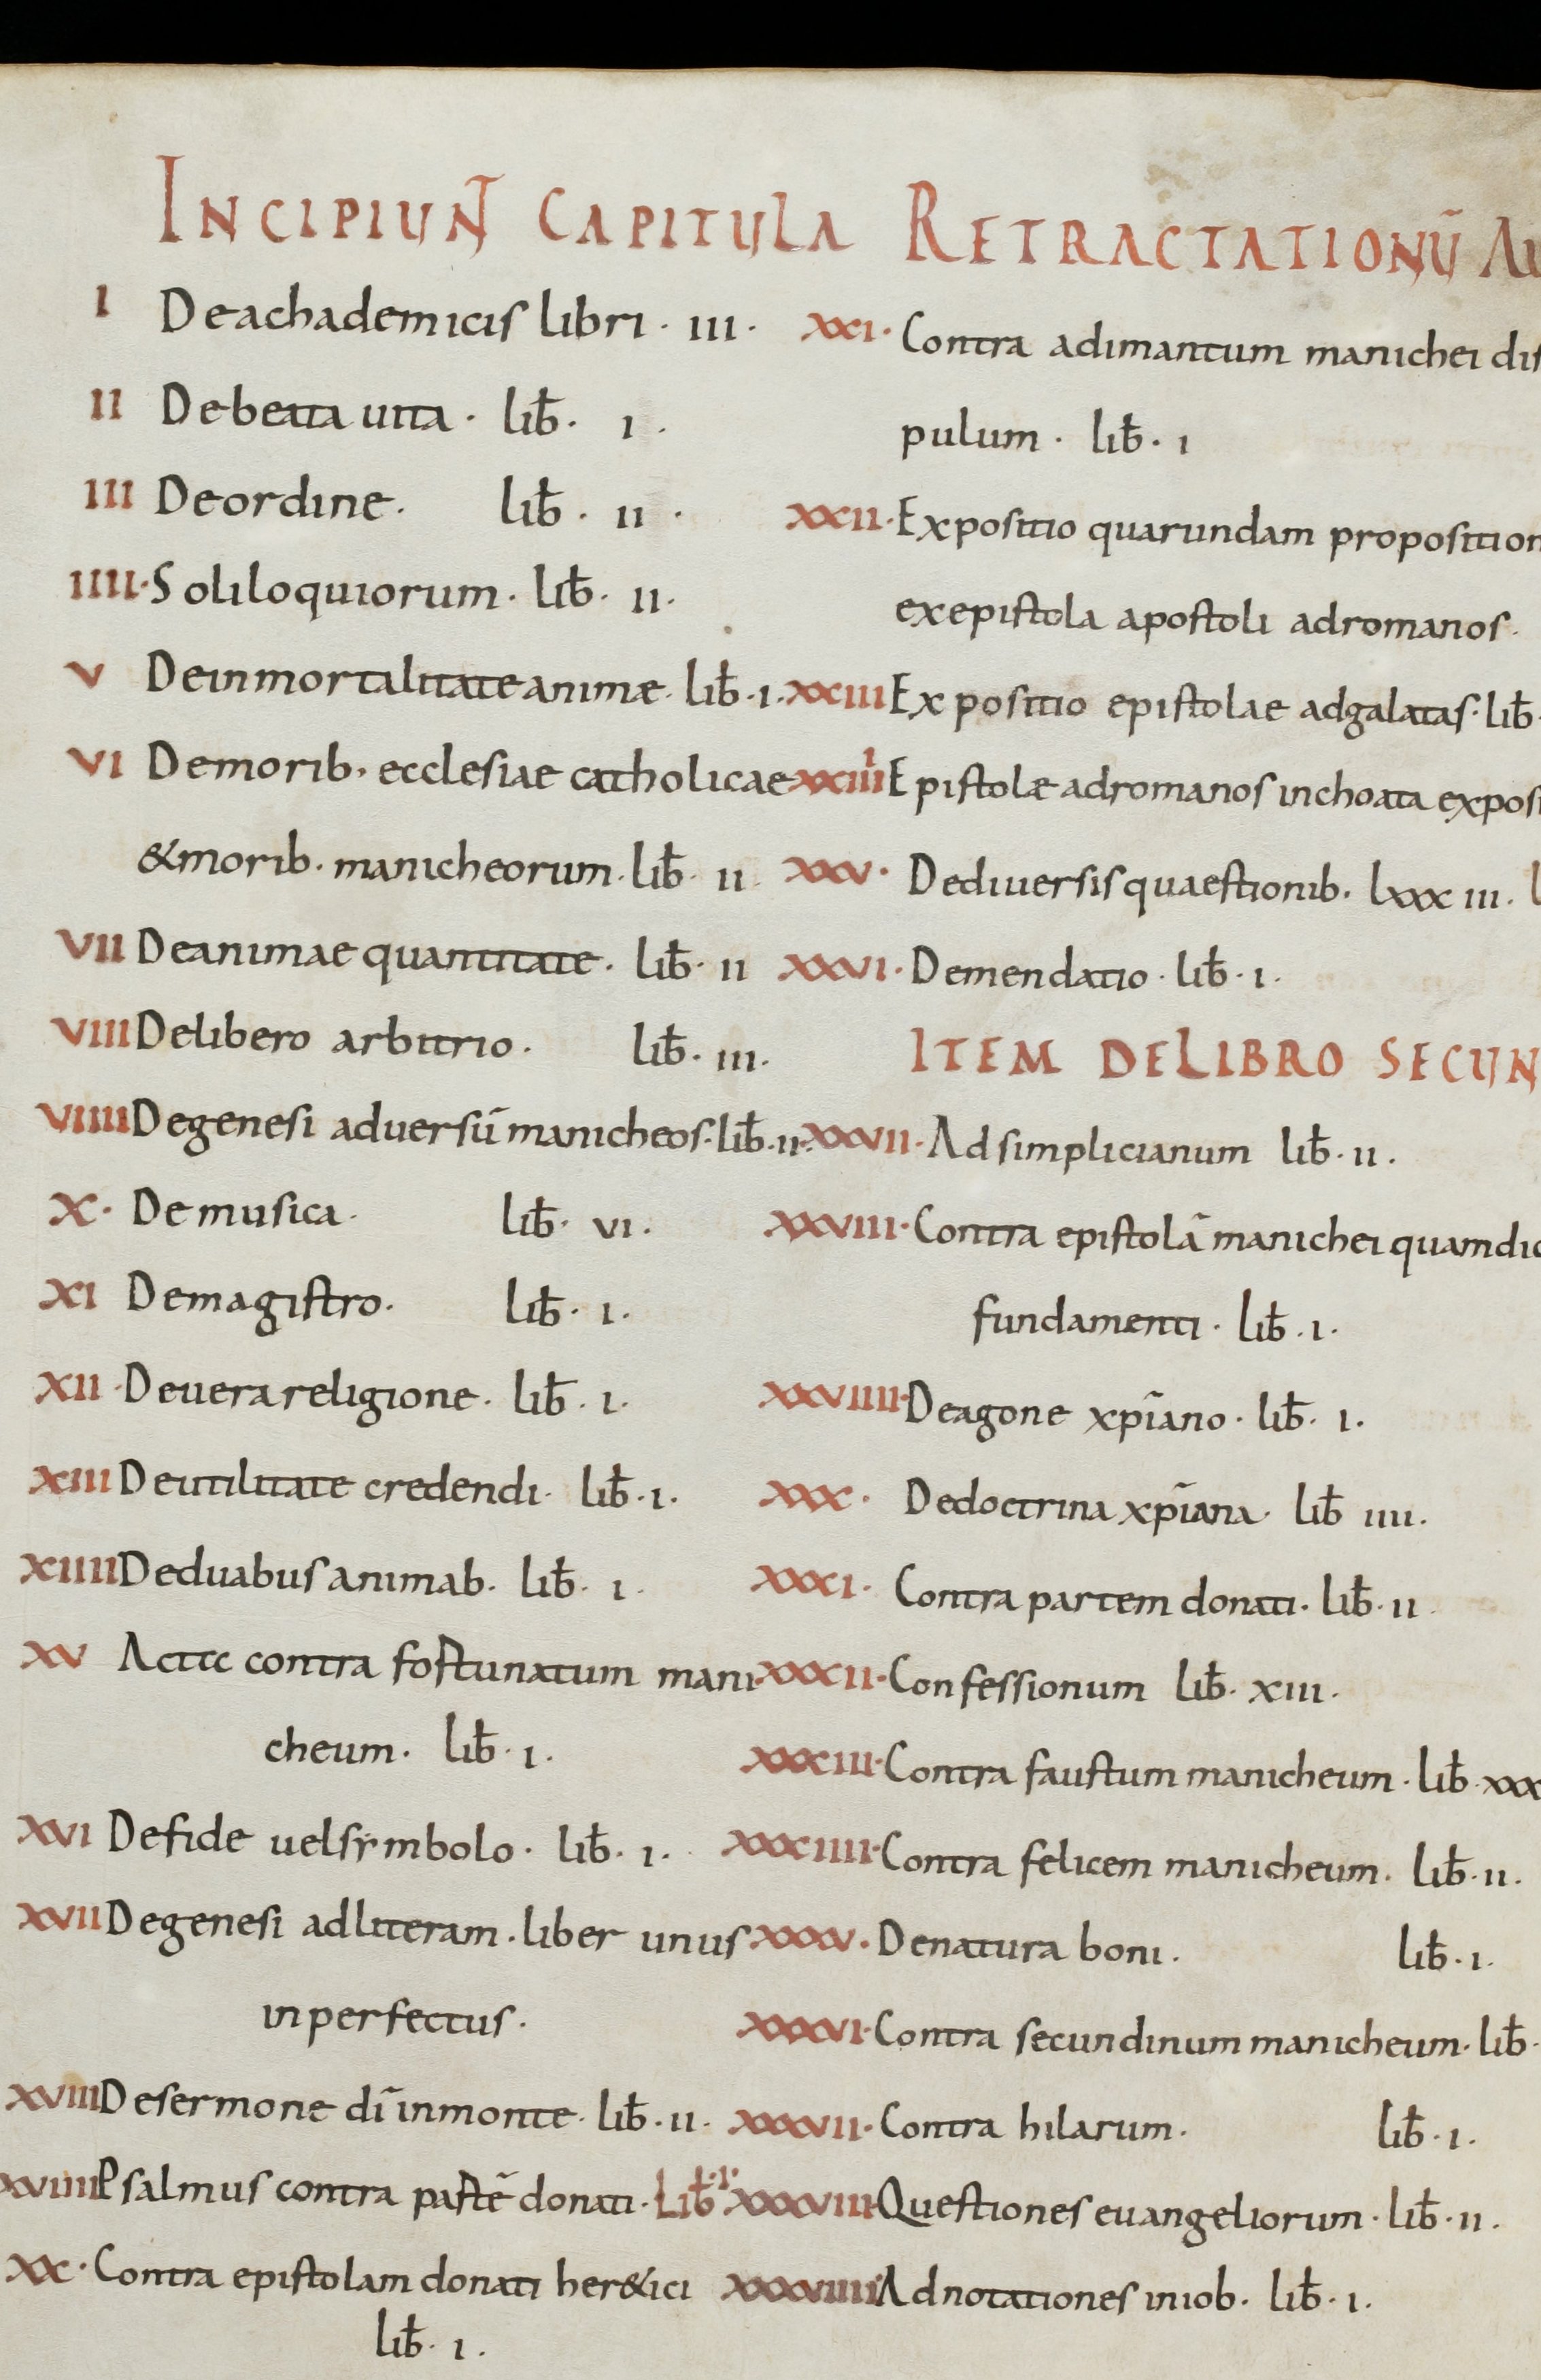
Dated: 800–899